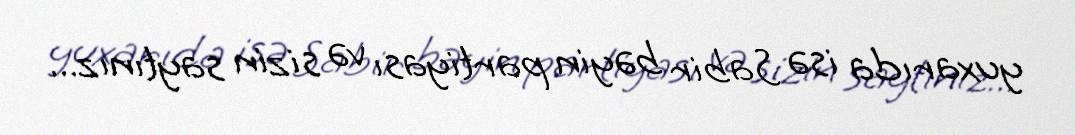
yuxarıda isə Sabir bəyin partiyası və sizin saytınız...